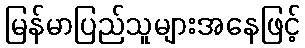
မြန်မာပြည်သူများအနေဖြင့်